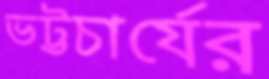
ভট্টচার্যের